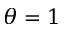
\theta = 1